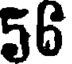
56